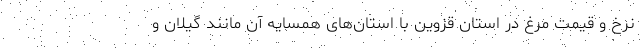
نرخ و قیمت مرغ در استان قزوین با استان‌های همسایه آن مانند گیلان و